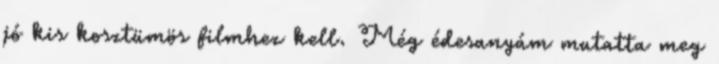
jó kis kosztümös filmhez kell. Még édesanyám mutatta meg